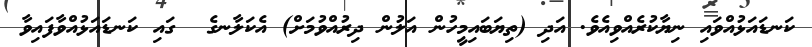
ކަނޑައަޅުއްވައި ނިޔާކުރެއްވިއެވެ. އަދި (ތިޔަބައިމީހުން އަލުން ދިރުއްވުމަށް) އެކަލާނގެ  ގައި ކަނޑައަޅުއްވާފައިވާ